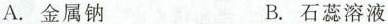
A.金属钠 B.石蕊溶液